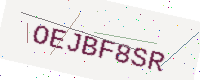
Text: OEJBF8SR